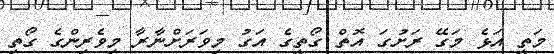
މަތީ އަޅެ މަގޭ ރަށުގަ އޮތް ގޯތީގެ އަގު މިވަރަށްނާރާ މިވެރިންގެ ގޯތި